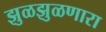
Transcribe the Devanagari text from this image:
झुळझुळणारा